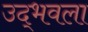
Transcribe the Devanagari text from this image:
उद्‍भवला